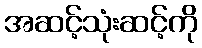
အဆင့်သုံးဆင့်ကို